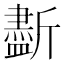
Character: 𣃏